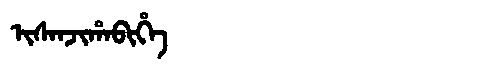
Manchu: ᡳᠰᠠᠨᠵᡳᡥᠠᠪᡳᡥᡝ
Romanization: ISANJIHABIHE